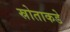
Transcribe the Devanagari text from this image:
स्रोताकडे